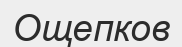
Ощепков